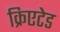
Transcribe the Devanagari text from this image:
क्रिएटेड